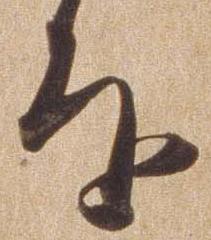
を